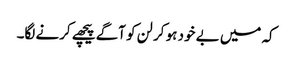
کہ میں بے خود ہو کر لن کو آگے پیچھے کرنے لگا۔